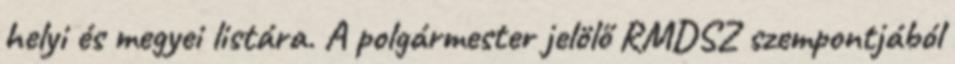
helyi és megyei listára. A polgármester jelölő RMDSZ szempontjából